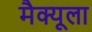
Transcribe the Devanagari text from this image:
मैक्‍यूला